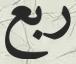
ربع